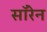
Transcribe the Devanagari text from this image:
सॉरेन